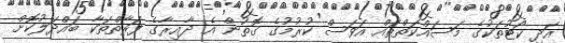
އަދި ކޯޓުތަކުގެ މަސައްކަތްތައް އަވަސް ކުރުމުގެ ގޮތުން އެ ދާއިރާގެ ފަރާތްތަކާ ބައްދަލުކޮށް